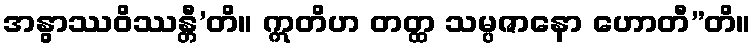
အနွာဿဝိဿန္တီ’တိ။ ဣတိဟ တတ္ထ သမ္ပဇာနော ဟောတီ”တိ။